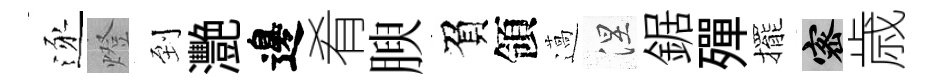
逐燈到灧邊肴腴負領薖涅鋸殫擺密歳